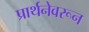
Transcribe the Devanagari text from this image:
प्रार्थनेवरून